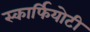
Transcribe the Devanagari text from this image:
स्कार्फियोटी